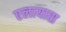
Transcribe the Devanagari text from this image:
एलायास